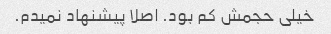
خیلی حجمش کم بود. اصلا پیشنهاد نمیدم.